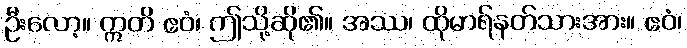
ဦးလော့။ ဣတိ ဧဝံ၊ ဤသို့ဆို၏။ အဿ၊ ထိုမာရ်နတ်သားအား။ ဧဝံ၊